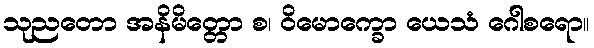
သုညတော အနိမိတ္တော စ၊ ဝိမောက္ခော ယေသံ ဂေါစရော။